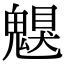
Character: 𩳵